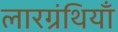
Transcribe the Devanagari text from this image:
लारग्रंथियाँ